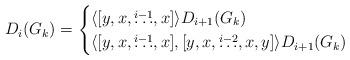
LaTeX: \begin{align*} D_i(G_k) = \begin{cases} \langle [y,x,\overset{i-1}{\ldots},x] \rangle D_{i+1}(G_k) & \\ \langle [y,x,\overset{i-1}{\ldots},x], [y,x,\overset{i-2}{\ldots},x,y] \rangle D_{i+1}(G_k) & \end{cases} \end{align*}